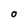
Character: O